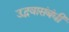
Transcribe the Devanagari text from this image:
उद्भवासंबंधी